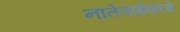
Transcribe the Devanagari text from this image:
नातेवाईकांचे